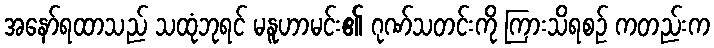
အနော်ရထာသည် သထုံဘုရင် မနူဟာမင်း၏ ဂုဏ်သတင်းကို ကြားသိရစဉ် ကတည်းက